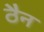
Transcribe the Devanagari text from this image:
ठैन